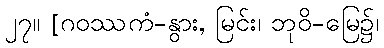
၂၇။ [ဂဝဿကံ-နွား, မြင်း၊ ဘုဝိ-မြေ၌၊